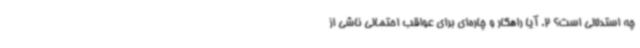
چه استدلالی است؟ 2. آیا راهکار و چاره‌ای برای عواقب احتمالی ناشی از